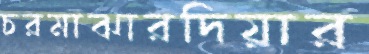
চরমাঝারদিয়ার